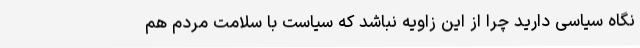
نگاه سیاسی دارید چرا از این زاویه نباشد که سیاست با سلامت مردم هم